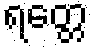
ရတ္တေ